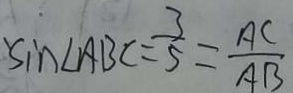
\sin \angle A B C = \frac { 3 } { 5 } = \frac { A C } { A B }